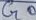
Text: G0